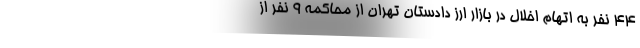
۴۴ نفر به اتهام اخلال در بازار ارز دادستان تهران از محاکمه ۹ نفر از